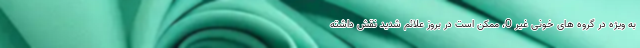
به ویژه در گروه های خونی غیر O، ممکن است در بروز علائم شدید نقش داشته